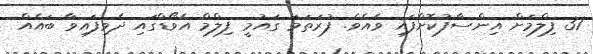
31 ފިލްމަށް އިންސާފުކޮށްފައި ވެއެވެ. ފުރަތަމަ ގައުމީ ފިލްމް އެވޯޑްގައި ދެވިފައިވާ ބައެއް